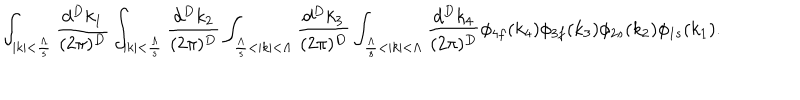
\int _ { | k | < \frac { \Lambda } { s } } \frac { d ^ { D } k _ { 1 } } { ( 2 \pi ) ^ { D } } \int _ { | k | < \frac { \Lambda } { s } } \frac { d ^ { D } k _ { 2 } } { ( 2 \pi ) ^ { D } } \int _ { \frac { \Lambda } { s } < | k | < \Lambda } \frac { d ^ { D } k _ { 3 } } { ( 2 \pi ) ^ { D } } \int _ { \frac { \Lambda } { s } < | k | < \Lambda } \frac { d ^ { D } k _ { 4 } } { ( 2 \pi ) ^ { D } } \phi _ { 4 f } ( k _ { 4 } ) \phi _ { 3 f } ( k _ { 3 } ) \phi _ { 2 s } ( k _ { 2 } ) \phi _ { 1 s } ( k _ { 1 } ) .